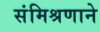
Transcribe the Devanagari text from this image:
संमिश्रणाने